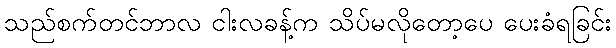
သည်စက်တင်ဘာလ ငါးလခန့်က သိပ်မလိုတော့ပေ ပေးခံရခြင်း